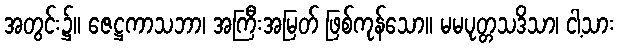
အတွင်း၌။ ဇေဋ္ဌကာသဘာ၊ အကြီးအမြတ် ဖြစ်ကုန်သော။ မမပုတ္တသဒိသာ၊ ငါ့သား